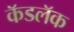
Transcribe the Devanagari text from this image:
कॅडलॅक